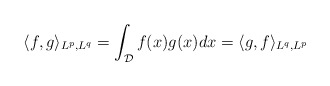
\begin{align*} \langle f,g\rangle_{L^p,L^q} = \int_{\mathcal{D}}f(x)g(x)dx = \langle g,f\rangle_{L^q,L^p}\end{align*}